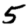
Digit: 5